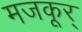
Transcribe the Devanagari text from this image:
मजकूर्